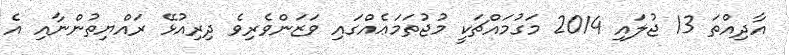
އާދިއްތަ 13 ޖުލައި 2014 މަގުމައްޗަކީ މުޖުތަމަޢެއްގައި ވަޒަންވެރިވެ ދިރިއުޅޭ ރައްޔިތުންނާއި އެ